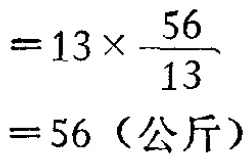
\[

\begin{align*}

&=13\times\frac{56}{13}\\

&= 56（公斤）

\end{align*}

\]